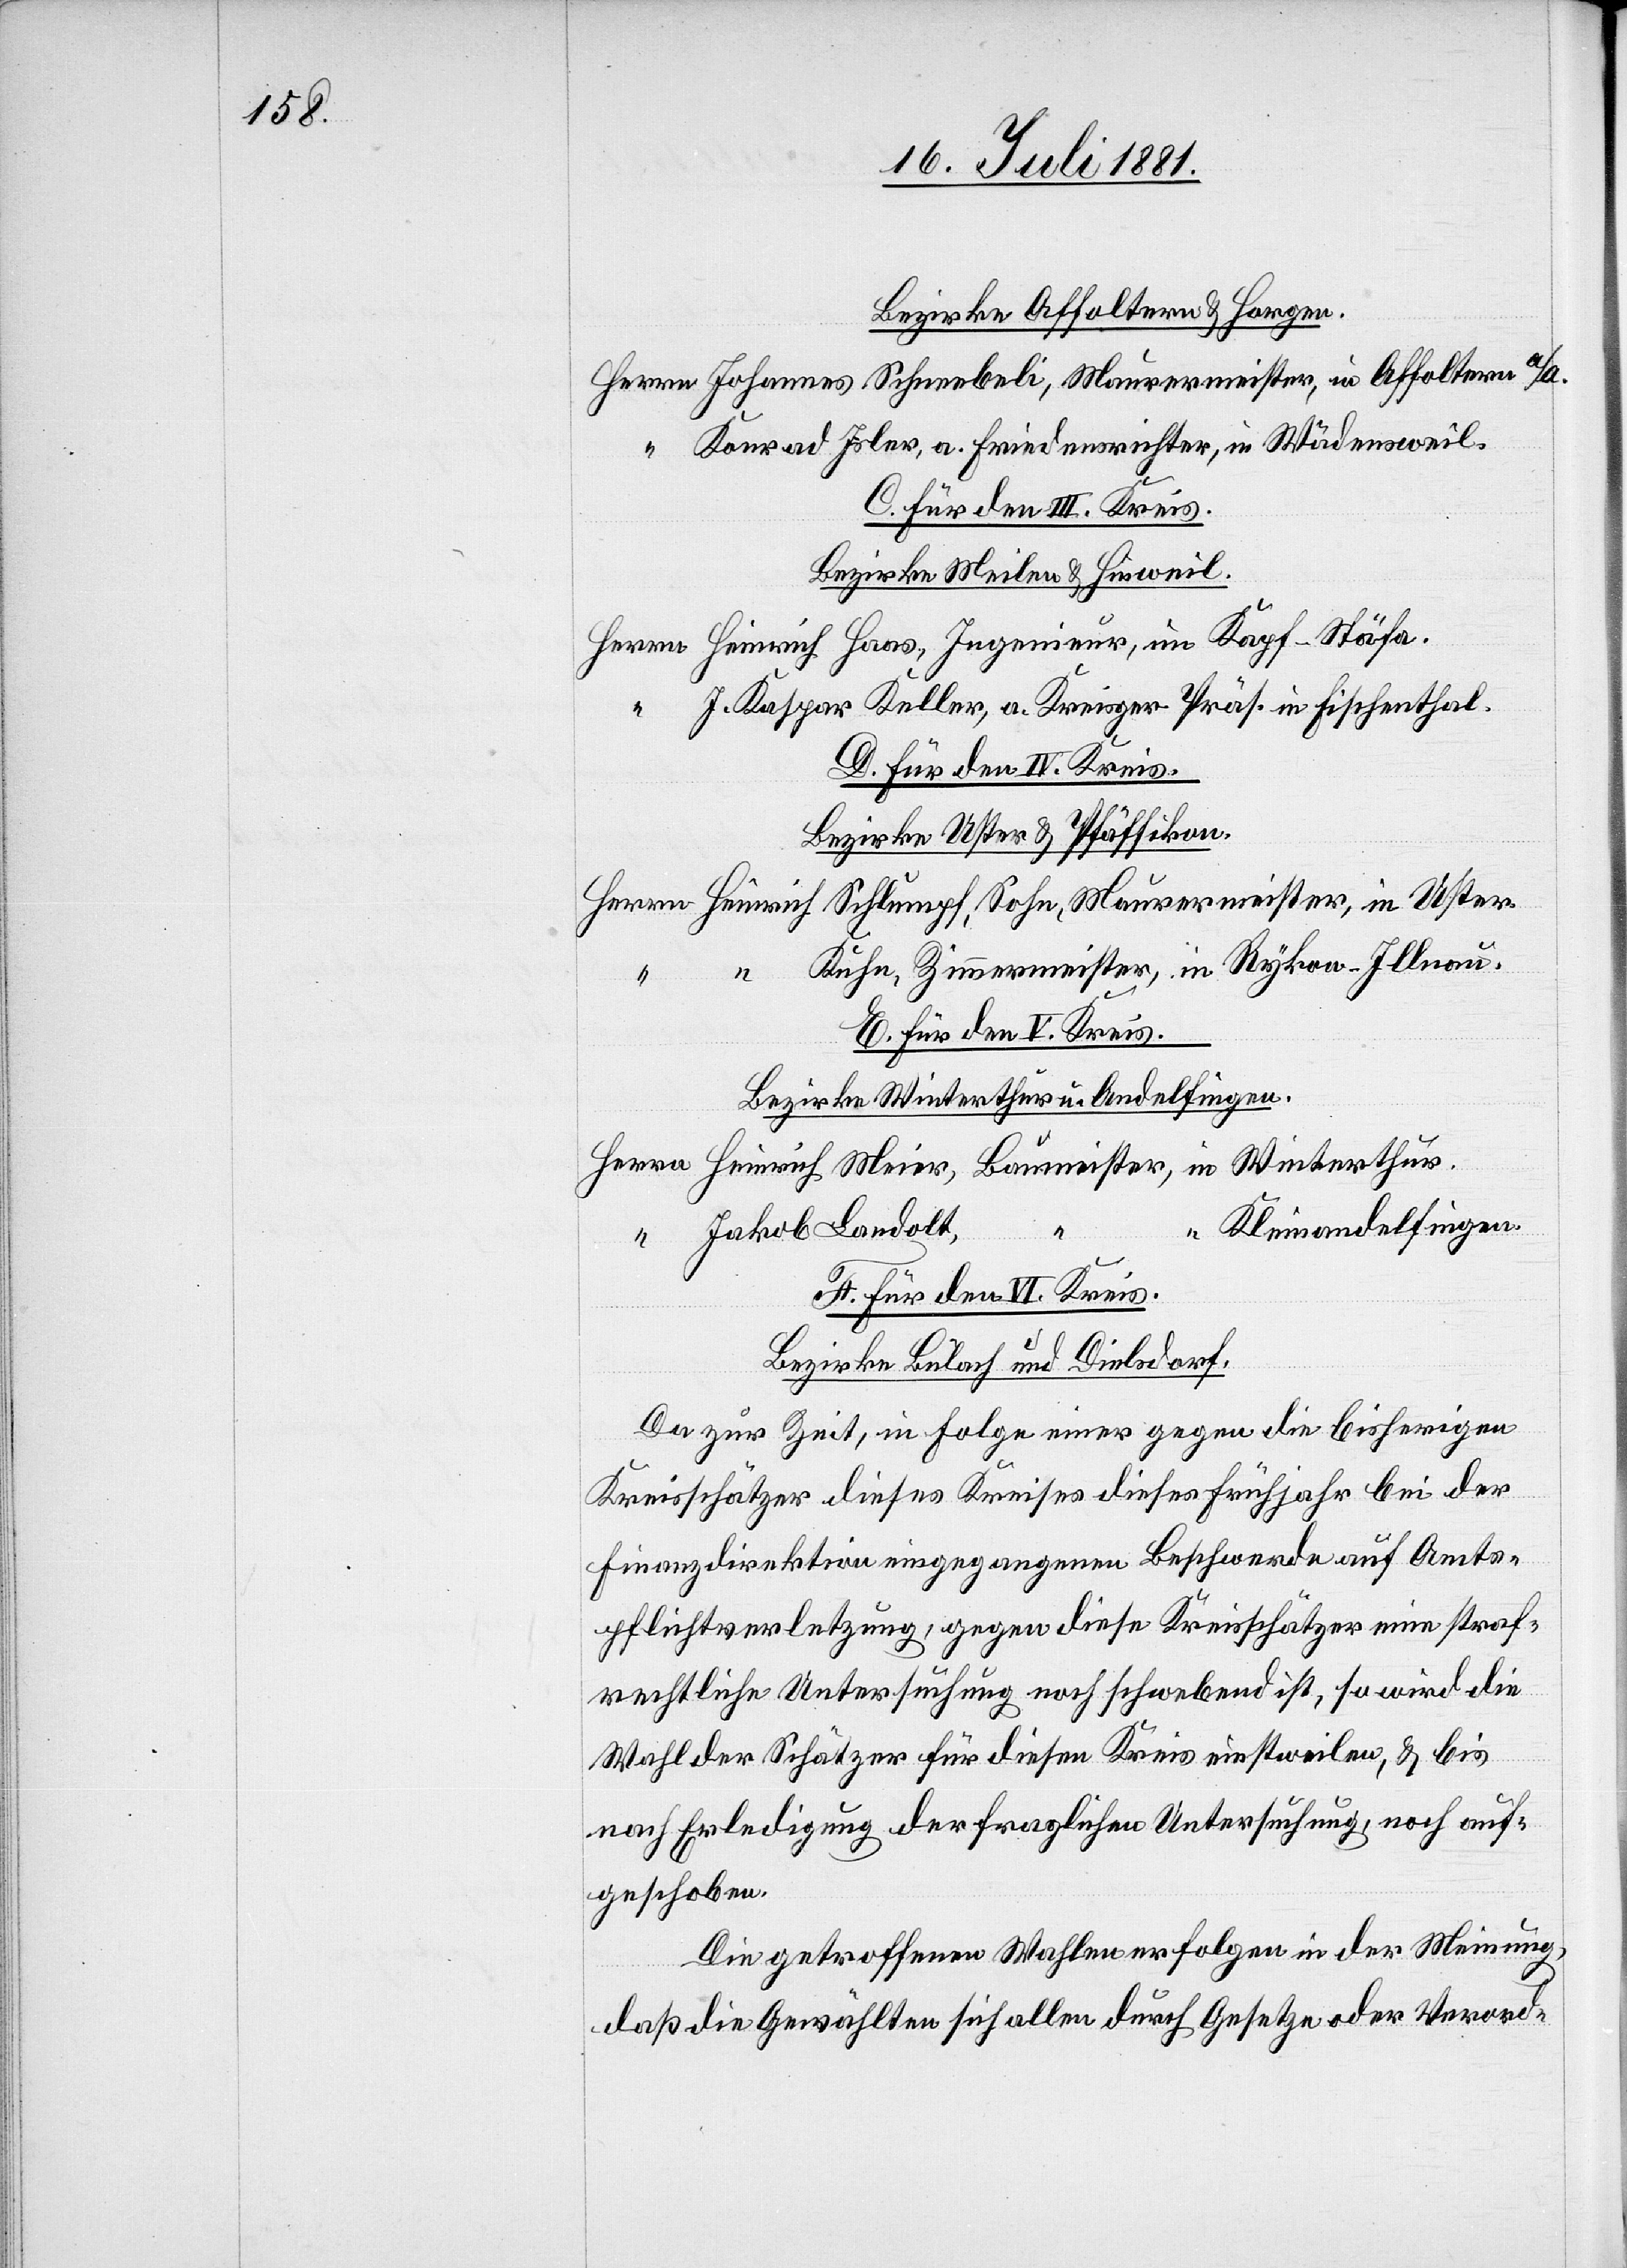
Bezirke Affoltern & Horgen
Johannes Schneebeli, Maurermeister, in Affoltern a/a.
Konrad Isler, a. Friedensrichter, in Wädensweil.
C. für den III. Kreis.
Bezirke Meilen & Hinweil.
Heinrich Haas, Ingenieur, in Kapf - Stäfa.
J. Kaspar Keller, a. Kreisger. Präs. in Fischenthal.
D. für den IV. Kreis
Bezirke Uster & Pfäffikon.
Heinrich Schlumpf, Sohn, Maurermeister, in Uster.
Kuhn, Zimmermeister, in Rykon - Illnau.
E. Für den V. Kreis.
Bezirke Winterthur u. Andelfingen.
Kleinandelfingen.
Jakob Landolt,
F. Für den VI Kreis.
Bezirke Bülach und Dielsdorf.
Da zur Zeit, in Folge einer gegen die bisherigen
Kreisschätzer dieses Kreises dieses Frühjahr bei der
Finanzdirektion eingegangenen Beschwerde auf Amts¬
pflichtverletzung, gegen diese Kreisschätzer eine straf¬
rechtliche Untersuchung noch schwebend ist, so wird die
Wahl der Schätzer für diesen Kreis einstweilen, & bis
nach Erledigung der fraglichen Untersuchung, noch auf¬
geschoben.
Die getroffenen Wahlen erfolgen in der Meinung,
daß die Gewählten sich allen durch Gesetze oder Verord-